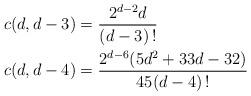
LaTeX: \begin{align*} c(d,d-3) & = \frac{2^{d-2}d}{(d-3)\,!} \\ c(d,d-4) & = \frac{2^{d-6}(5d^2+33d-32)}{45(d-4)\,!}\end{align*}